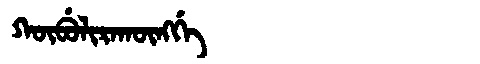
Manchu: ᡴᡡᠪᡠᠯᡳᡵᠠᡴᡡᠩᡤᡝ
Romanization: KŪBULIRAKŪNGGE